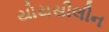
યોયસીલીન